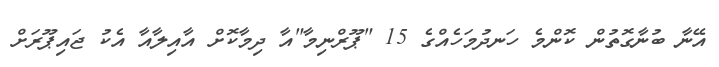
އޭނާ ބުނާގޮތުން ކޮންމެ ހަނދުމަހެއްގެ 15 "ޕޫރްނިމާ"އާ ދިމާކޮށް އާއިލާއާ އެކު ޖައިޕޫރަށް